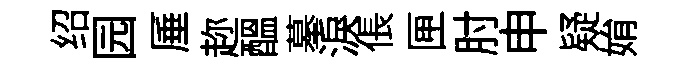
绍园厜趂醖摹淚倀匣肘申疑姢